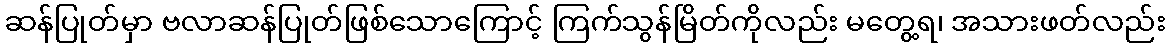
ဆန်ပြုတ်မှာ ဗလာဆန်ပြုတ်ဖြစ်သောကြောင့် ကြက်သွန်မြိတ်ကိုလည်း မတွေ့ရ၊ အသားဖတ်လည်း